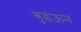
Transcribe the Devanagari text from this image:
बुडंऊन